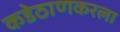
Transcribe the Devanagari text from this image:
कडेठाणकरला